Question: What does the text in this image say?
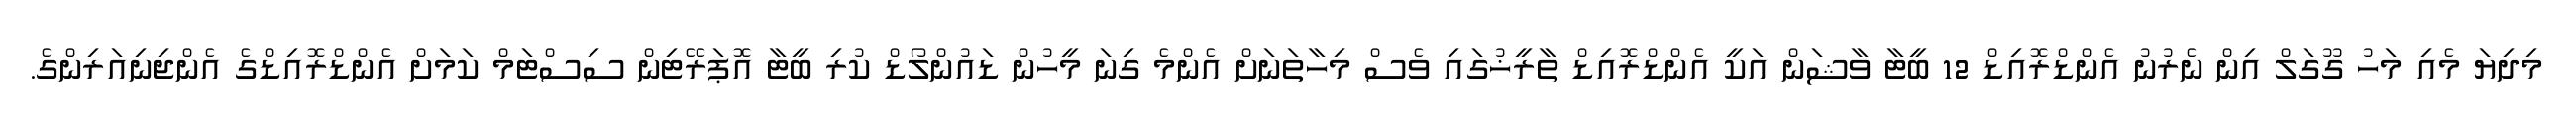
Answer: މިދިޔަ މެއި މަހު ގޫގަލް އިން ނެރުނު އެންޑްރޮއިޑް 12 ބީޓާ ވާޝަން އަކީ އެންޑްރޮއިޑް ތާރީޚުގައި ވެސް މިހާތަނަށް އެންމެ ގިނަ މީހުން ޑައުންލޯޑް ކުރި ބީޓާ އޮޕަރޭޓިން ސިސްޓަމް ކަމަށް އެންޑްރޮއިޑްގެ އެންޖިނިއަރިންގެ.